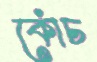
কোঁচ